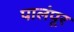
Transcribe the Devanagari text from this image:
पालंपूर